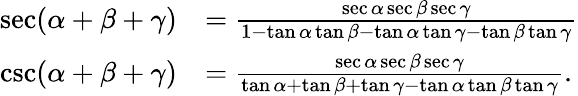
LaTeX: {\begin{array}{rl}{\sec(\alpha+\beta+\gamma)}&{={\frac{\sec\alpha\sec\beta\sec\gamma}{1-\tan\alpha\tan\beta-\tan\alpha\tan\gamma-\tan\beta\tan\gamma}}}\\ {\csc(\alpha+\beta+\gamma)}&{={\frac{\sec\alpha\sec\beta\sec\gamma}{\tan\alpha+\tan\beta+\tan\gamma-\tan\alpha\tan\beta\tan\gamma}}.}\end{array}}